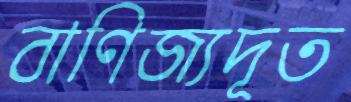
বাণিজ্যদূত